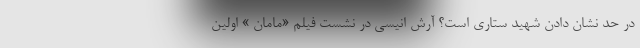
در حد نشان دادن شهید ستاری است؟ آرش انیسی در نشست فیلم «مامان » اولین